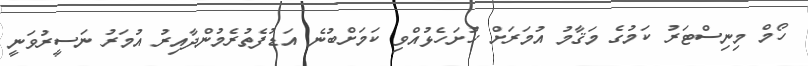
ހޯމް މިނިސްޓަރު ކަމުގެ މަޤާމު އުމަރަށް ހުށަހެޅުއްވި ކަމަށްބުނެ އަޑުފެތުރެމުންދާއިރު އުމަރު ނަސީރުވަނީ